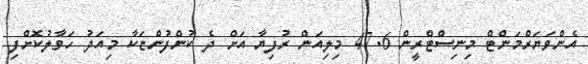
އެންވަޔަރްމަންޓް މިނިސްޓްރީން 47.6 މިލިއަން ރުފިޔާ އަށް ދެ ކުންފުންޏަކާ މިއަދު ހަވާާލުކޮށްފި